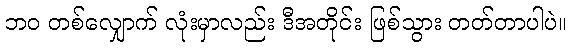
ဘဝ တစ်လျှောက် လုံးမှာလည်း ဒီအတိုင်း ဖြစ်သွား တတ်တာပါပဲ။